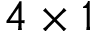
4 \times 1